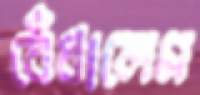
বেঁধালেম